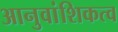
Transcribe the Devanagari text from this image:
आनुवांशिकत्व